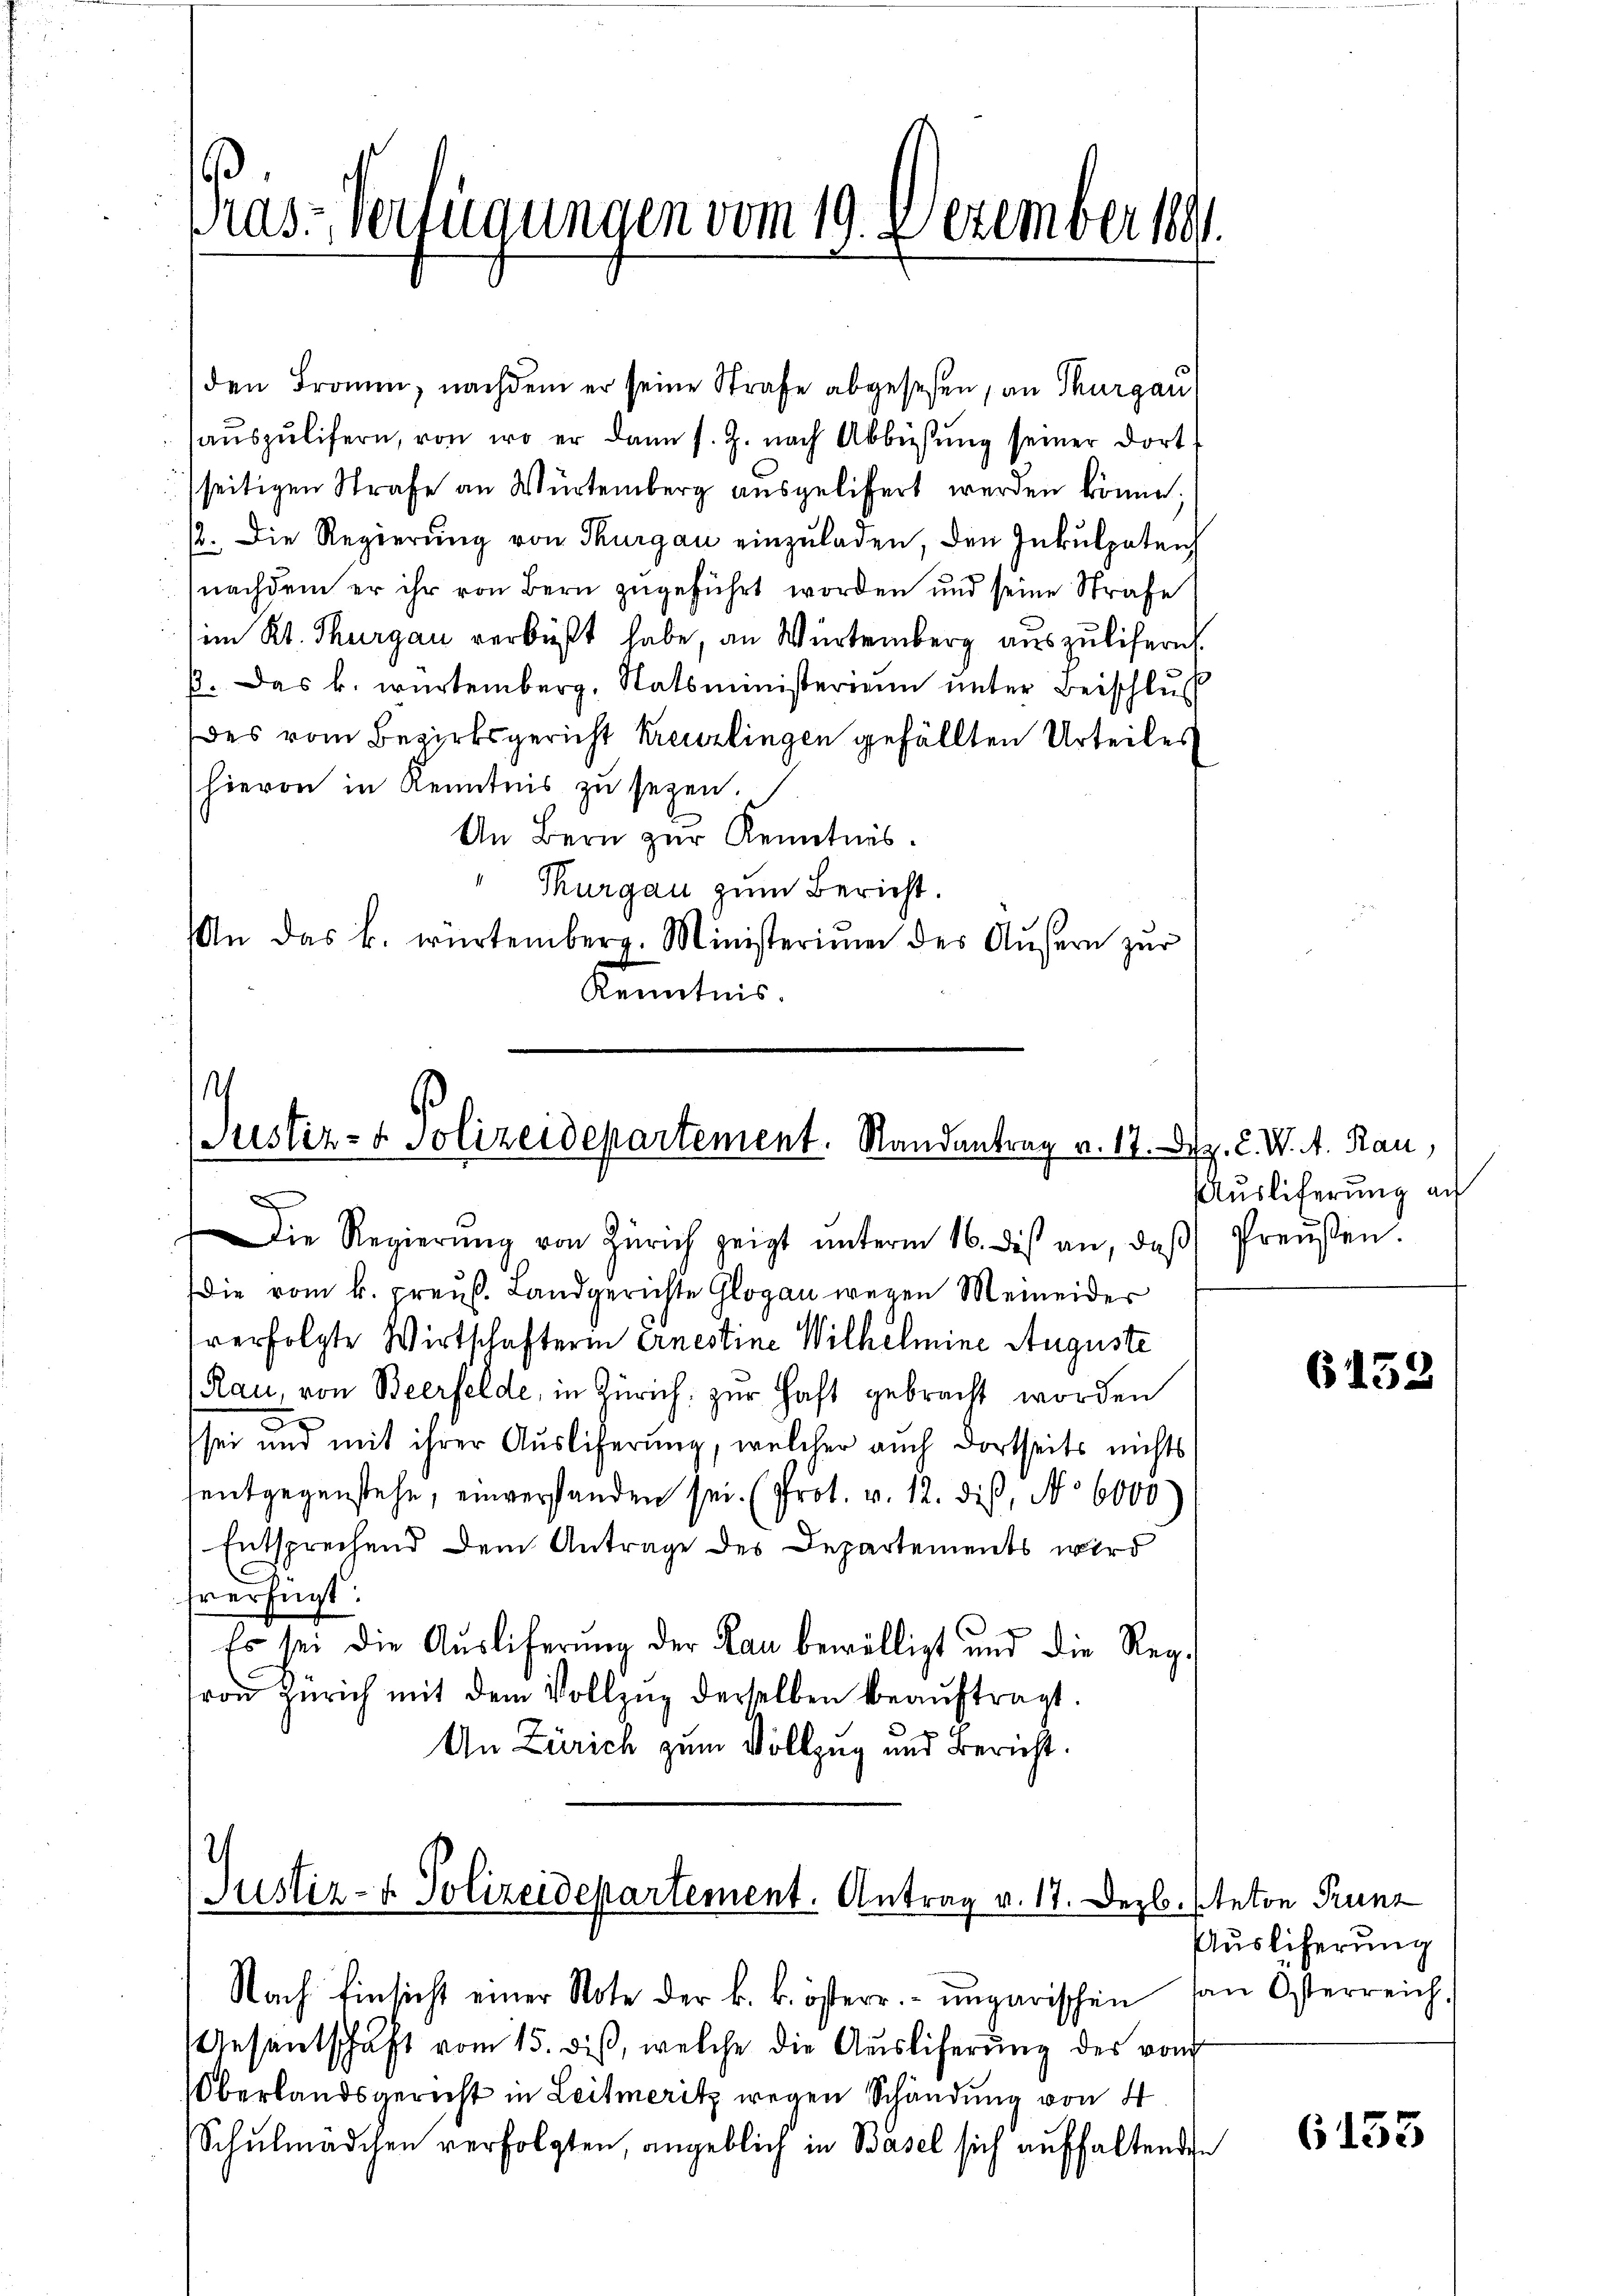
ras-Verfügungen vom 19. Dezember 1891

den Fraum, nachdem er seine Strafe abgesehen, an Thurgau,
aŭszŭlifern, von wo er dann s. Z. nach Abbüsŭng seiner dort
seitigen Strafe an Würtemberg ausgelistert werden könne;
12. Die Regierung von Thurgau einzuladen, den Inkulpaten
(nachdem er ihr von Bern zugeführt worden und seine Strafe
im Kt. Thurgau verbüßt habe, an Würtemberg auszulisern
p. Das k. würtemberg, Ratsministerium unter Beischluß
des vom Bezirksgericht kreuzlingen gefällten Urteiles
hievon in Kenntnis zu seyen.
An Bern zur Kenntnis.
Thurgau zum Bericht.
An das k. würtemberg. Ministerium des Äußern zur
Kenntnis.

.
Justiz- & Polizeidepartement. Randantrag v. 17. Dez. C. W. A. Rau,
Die Regierŭng von Zürich zeigt ŭnterm 16. des an, daβ Preŭβen.

Die vom k. preuß. Landgerichte Glogau wegen Meineider
sverfolgte Wirtschafterin Ernestine Wilhelmine Auguste
Rau, von Beerfelde, in Zürich zur Haft gebracht worden
e
x
sei und mit ihrer Auslieferung, welcher auch dortseits nichts
entgegenstehe, einverstanden sei. (Prot. v. 12. dieß, No 6000)
Entsprechend dem Antrage des Departements wird
fverfügt:
Es sei die Ausliferung der Lau bewilligt und die Regvon Zürich mit dem Vollzŭg derselben beaŭftragt.
An Zürich zum Vollzug und Bericht.

2
Justiz- & Polizeidepartement. Antrag v. 17. Dezb. Anton Trunz
Nach Einsicht einer Note der k. k. österr. ungarischen an Osterreich,

Aesentschaft vom 15. diß, welche die Auslieferung des von
Oberlandsgericht in Leitmeritz wegen Schändung von 4
Schulmädchen verfolgten, angeblich in Basel sich aufhaltenden

Auslieferung au

6152

Auslieferung

6153